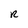
Character: R